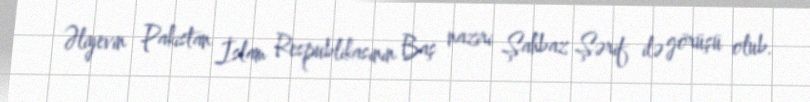
Əliyevin Pakistan İslam Respublikasının Baş naziri Şahbaz Şərif ilə görüşü olub.